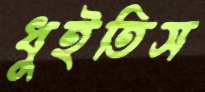
ধুইতিস